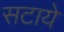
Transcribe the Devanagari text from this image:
सटाये